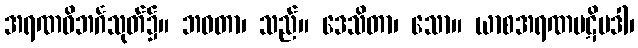
အရဏဝိဘင်္ဂသုတ်၌။ ဘဝတာ၊ သည်။ ဒေသိတာ၊ သော။ ယာစအရဏပဋိပဒါ၊